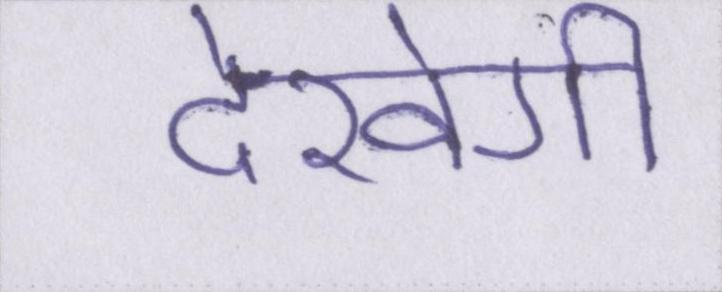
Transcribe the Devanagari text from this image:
देखेगी